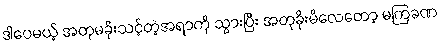
ဒါပေမယ့် အတုမခိုးသင့်တဲ့အရာကို သွားပြီး အတုခိုးမိလေတော့ မကြခဏ